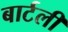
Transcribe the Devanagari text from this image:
बार्टली